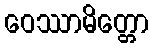
ဝေဿာမိတ္တော